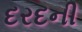
દરદની